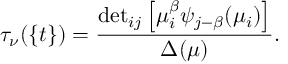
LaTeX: \tau _ { \nu } ( \{ t \} ) = \frac { { { \operatorname * { d e t } } _ { i j } \left[ \mu _ { i } ^ { \beta } \psi _ { j - \beta } ( \mu _ { i } ) \right] } } { \Delta ( \mu ) } .